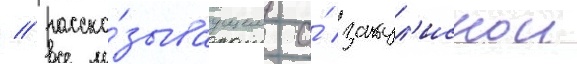
/ расска́зываущем о́ закул'иснои